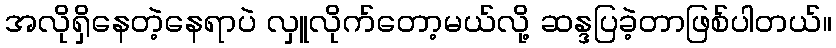
အလိုရှိနေတဲ့နေရာပဲ လှူလိုက်တော့မယ်လို့ ဆန္ဒပြခဲ့တာဖြစ်ပါတယ်။